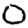
Digit: 0